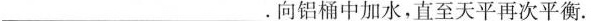
___向铝桶中加水，直至天平再次平衡.